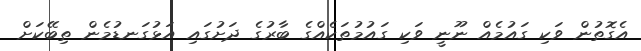
އެގޮތުން ވަކި ގައުމެއް ނޫނީ ވަކި ގައުމުތަކެއްގެ ބާރުގެ ދަށުގައި އަޅުގަނޑުމެން ތިބޭކަށް